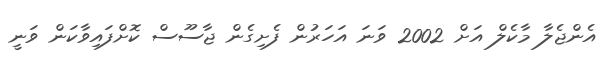
އެންޖެލާ މާކެލް އަށް 2002 ވަނަ އަހަރުން ފެށިގެން ޖާސޫސް ކޮށްފައިވާކަން ވަނީ